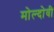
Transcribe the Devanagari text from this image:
मोल्दोवी